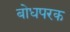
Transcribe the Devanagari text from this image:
बोधपरक